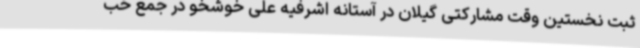
ثبت نخستین وقت مشارکتی گیلان در آستانه اشرفیه علی خوشخو در جمع خب